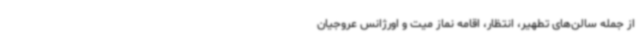
از جمله سالن‌های تطهیر، انتظار، اقامه نماز میت و اورژانس عروجیان